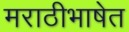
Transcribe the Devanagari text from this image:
मराठीभाषेत